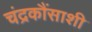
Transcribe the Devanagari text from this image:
चंद्रकौंसाशी